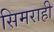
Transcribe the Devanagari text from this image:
सिमराही